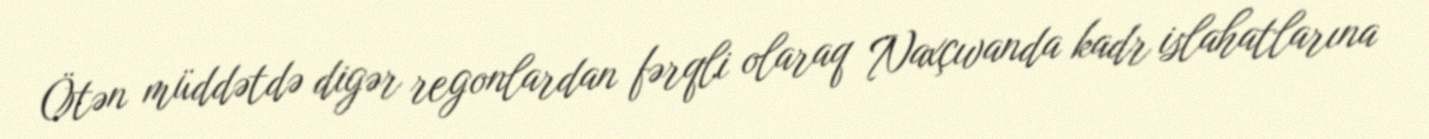
Ötən müddətdə digər regonlardan fərqli olaraq Naxçıvanda kadr islahatlarına